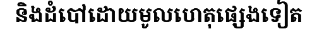
និងដំបៅដោយមូលហេតុផ្សេងទៀត